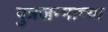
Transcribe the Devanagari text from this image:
पुत्रजन्माच्या